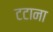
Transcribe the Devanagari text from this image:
टटाना